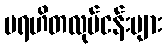
ပရဟိတလုပ်ငန်းများ